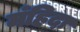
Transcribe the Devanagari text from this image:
मंहिदा